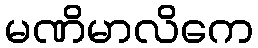
မဏိမာလိကေ